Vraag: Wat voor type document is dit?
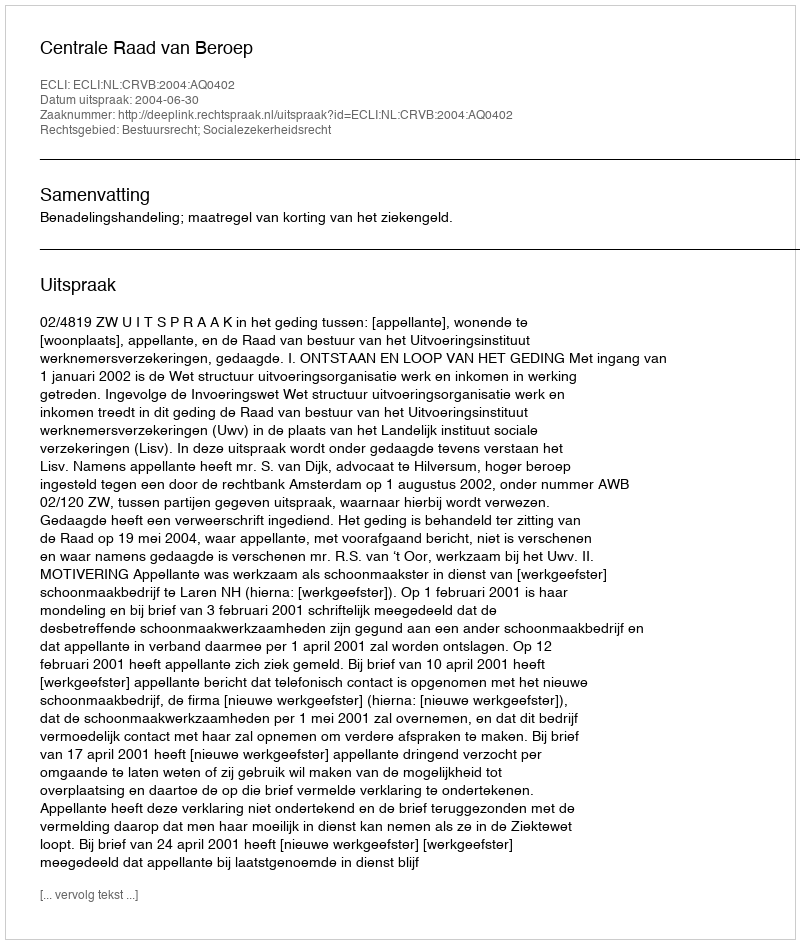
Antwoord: Uitspraak